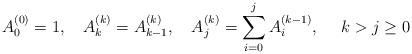
LaTeX: \begin{align*}A_0^{(0)}=1,\ \ \ A_k^{(k)} = A_{k-1}^{(k)},\ \ \ A_j^{(k)} = \sum_{i=0}^j A_i^{(k-1)},\ \ \ \ k>j\ge0\end{align*}